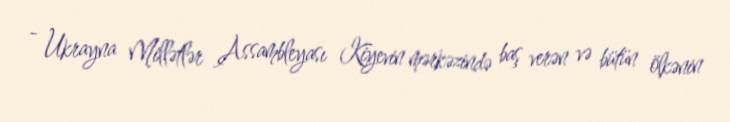
- Ukrayna Millətlər Assambleyası Kiyevin mərkəzində baş verən və bütün ölkənin